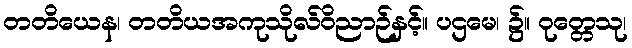
တတိယေန၊ တတိယအကုသိုလ်ဝိညာဉ်နှင့်။ ပဌမေ၊ ၌။ ဝုတ္တေသု၊